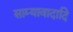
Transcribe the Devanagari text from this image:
साम्यावादादि